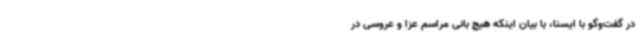
در گفت‌وگو با ایسنا، با بیان اینکه هیچ بانی مراسم عزا و ‌عروسی در